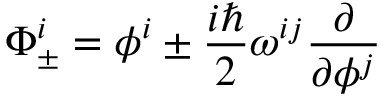
\Phi _ { \pm } ^ { i } = \phi ^ { i } \pm \frac { i \hbar } { 2 } \omega ^ { i j } \frac { \partial } { \partial \phi ^ { j } }